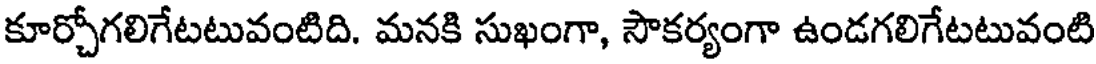
కూర్చోగలిగేటటువంటిది. మనకి సుఖంగా, సౌకర్యంగా ఉండగలిగేటటువంటి